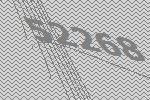
52268